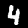
Digit: 4